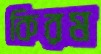
কিরম